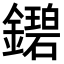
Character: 𬬓